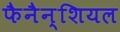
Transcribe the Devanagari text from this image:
फैनैन्शियल